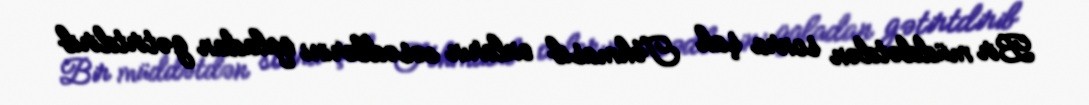
Bir müddətdən sonra şah Təhmasib onların cəsədlərini qaladan gətirtdirib